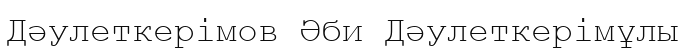
Дәулеткерімов Әби Дәулеткерімұлы